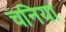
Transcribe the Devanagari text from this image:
चनिया